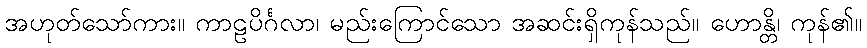
အဟုတ်သော်ကား။ ကာဠပိင်္ဂလာ၊ မည်းကြောင်သော အဆင်းရှိကုန်သည်။ ဟောန္တိ၊ ကုန်၏။